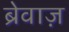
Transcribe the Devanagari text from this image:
ब्रेवाज़